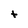
Character: t